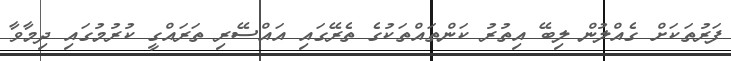
ފަރުތަކަށް ގެއްލުން ލިބޭ އިތުރު ކަންތައްތަކުގެ ތެރޭގައި އައްސޭރި ތަރައްގީ ކުރުމުގައި ދިމާވާ